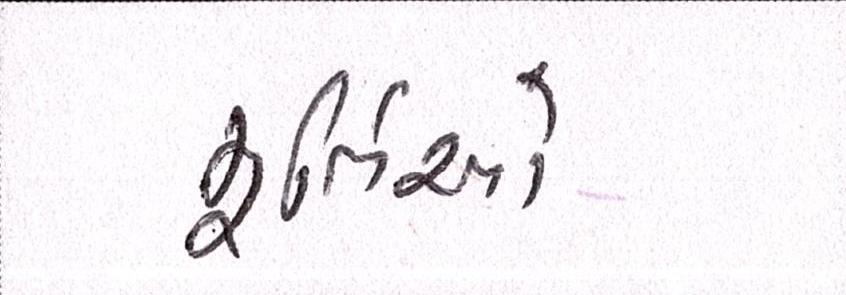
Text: મૂર્તિઓ